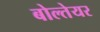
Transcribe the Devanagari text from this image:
बोल्तेयर